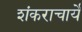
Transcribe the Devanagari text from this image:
शंकराचार्ये